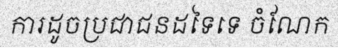
ការដូចប្រជាជនដទៃទេ ចំណែក